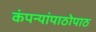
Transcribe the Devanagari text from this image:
कंपन्यांपाठोपाठ